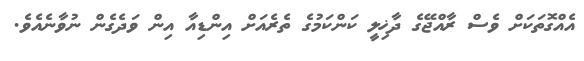
އެއްގޮތަކަށް ވެސް ރާއްޖޭގެ ދާޚިލީ ކަންކަމުގެ ތެރެއަށް އިންޑިއާ އިން ވަދެގެން ނުވާނެއެވެ.